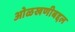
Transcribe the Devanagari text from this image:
ओळखणीबद्दल